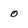
Character: 0